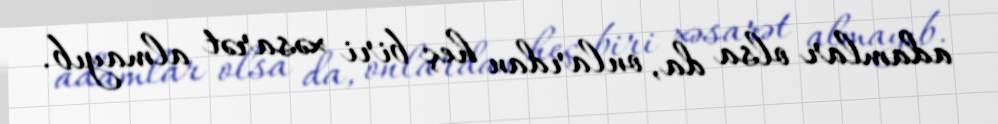
adamlar olsa da, onlardan heç biri xəsarət almayıb.